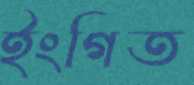
ইংগিত